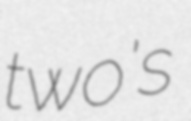
two's